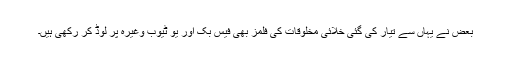
بعض نے یہاں سے تیار کی گئی خلائی مخلوقات کی فلمز بھی فیس بُک اور یو ٹیوب وغیرہ پر لوڈ کر رکھی ہیں۔